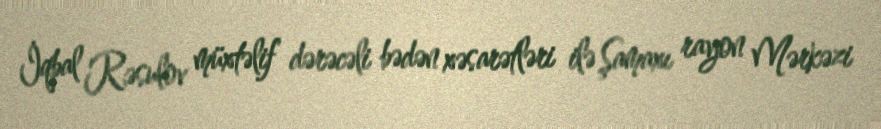
İqbal Rəsulov müxtəlif dərəcəli bədən xəsarətləri ilə Şamaxı rayon Mərkəzi